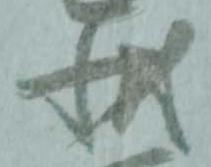
状